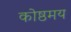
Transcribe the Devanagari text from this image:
कोष्ठमय